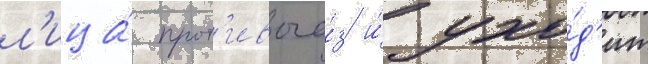
л'ица́ прот'ивога́з и́ ухо́д'ит